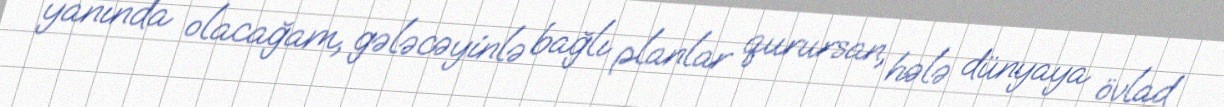
yanında olacağam, gələcəyinlə bağlı planlar qurursan, hələ dünyaya övlad